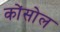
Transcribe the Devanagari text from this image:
कोंसोल